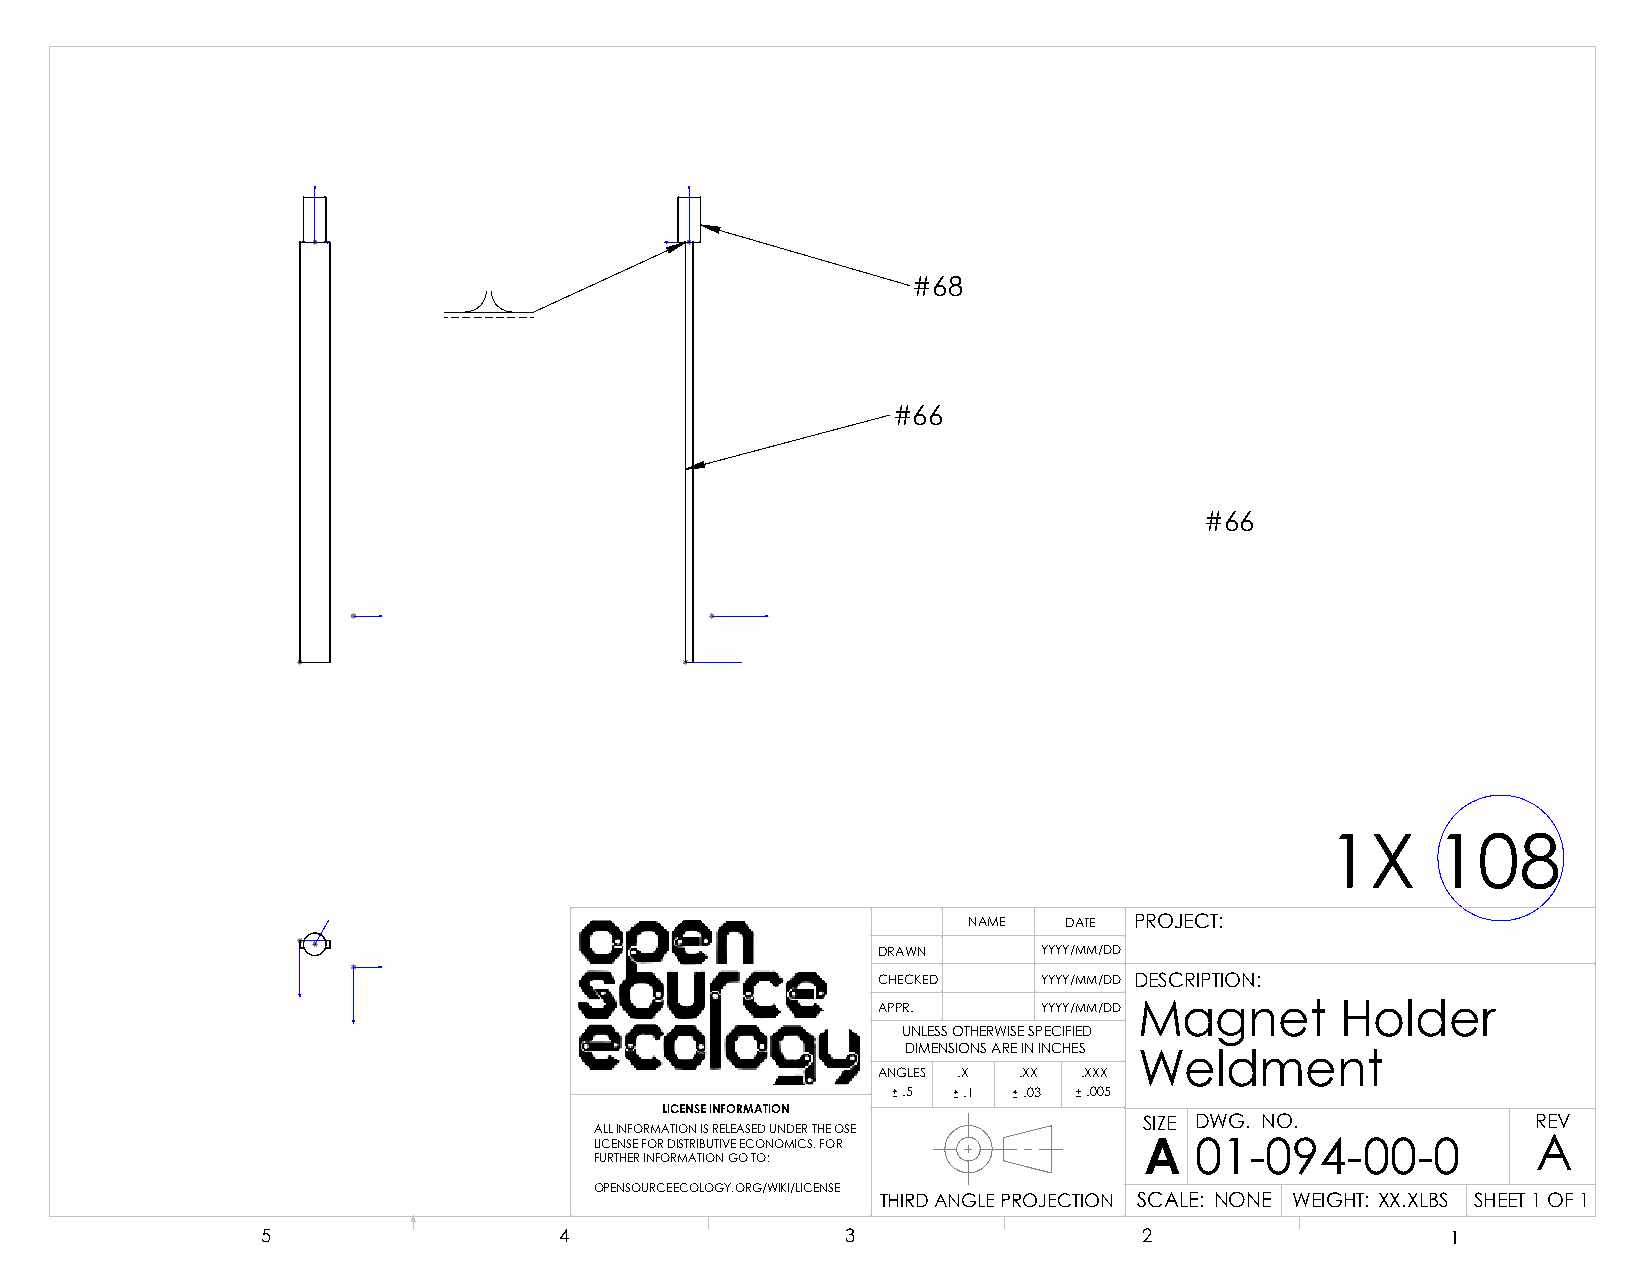
#68
 #66
 #66
 1X     108
 NAME  DATE PROJECT:
 DRAWN      YYYY/MM/DD
 CHECKED    YYYY/MM/DD DESCRIPTION:
 APPR.      YYYY/MM/DD Magnet   Holder
 UNLESS OTHERWISE SPECIFIED
 DIMENSIONS ARE IN INCHES
 Weldment
 ANGLES .X .XX .XXX
 .5  .1  .03 .005
 LICENSE INFORMATION
 SIZE DWG. NO.             REV
 ALL INFORMATION IS RELEASED UNDER THE OSE
 LICENSE FOR DISTRIBUTIVE ECONOMICS. FOR A 01-094-00-0          A
 FURTHER INFORMATION GO TO:
 OPENSOURCEECOLOGY.ORG/WIKI/LICENSE
 THIRD ANGLE PROJECTION SCALE: NONE WEIGHT: XX.XLBS SHEET 1 OF 1
 5                   4                  3                   2                   1